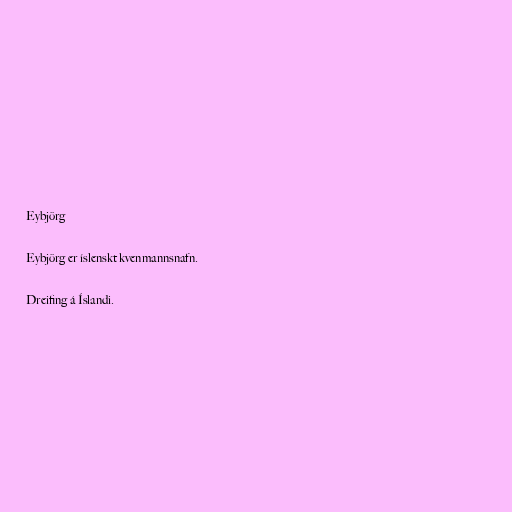
Eybjörg

Eybjörg er íslenskt kvenmannsnafn.

Dreifing á Íslandi.